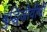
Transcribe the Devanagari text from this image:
बुद्धिजीवींची